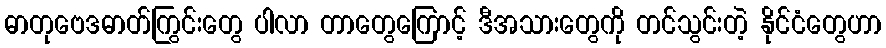
ဓာတုဗေဒဓာတ်ကြွင်းတွေ ပါလာ တာတွေကြောင့် ဒီအသားတွေကို တင်သွင်းတဲ့ နိုင်ငံတွေဟာ